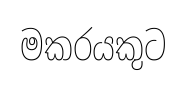
මකරයකුට